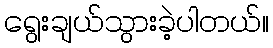
ရွေးချယ်သွားခဲ့ပါတယ်။